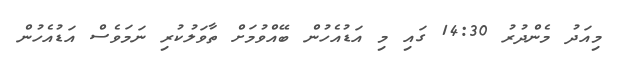
މިއަދު މެންދުރު 14:30 ގައި މި އަޑުއެހުން ބޭއްވުމަށް ތާވަލުކުރި ނަމަވެސް އަޑުއެހުން